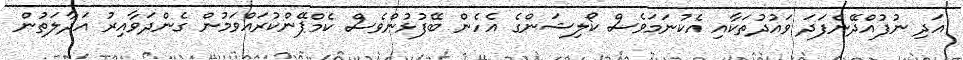
އަދި ނުފުއްދޭނެފަދަ ވައުދުތަކާއި އެކުނަމަވެސް ކޯލިޝަންގެ އެހެން ބޭފުޅުންވެސް ކެމްޕޭންކުރައްވަމުން ގެންދަވާއިރު އަދާލަތުން